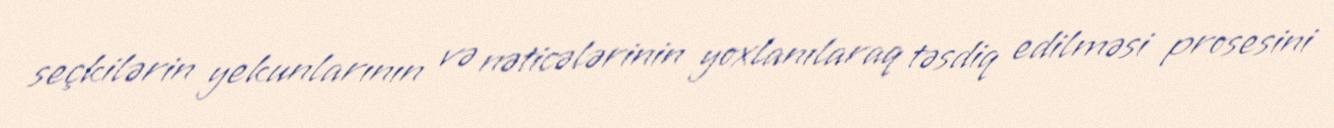
seçkilərin yekunlarının və nəticələrinin yoxlanılaraq təsdiq edilməsi prosesini